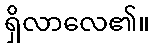
ရှိလာလေ၏။